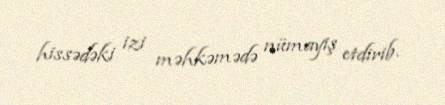
hissədəki izi məhkəmədə nümayiş etdirib.